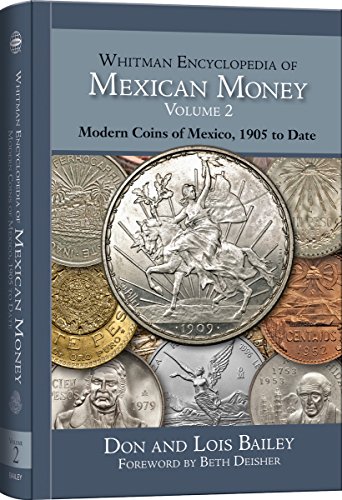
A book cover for Whitman Encyclopedia of Mexican Money, Volume II; Don Bailey; Crafts, Hobbies & Home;